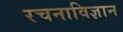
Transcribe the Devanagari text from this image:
रचनाविज्ञान